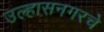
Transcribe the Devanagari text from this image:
उल्हासनगरचे